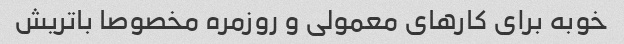
خوبه برای کارهای معمولی و روزمره مخصوصا باتریش